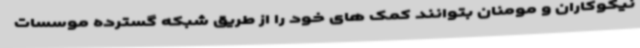
نیکوکاران و مومنان بتوانند کمک های خود را از طریق شبکه گسترده موسسات